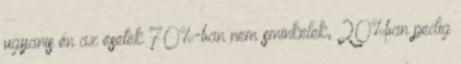
ugyanis én az esetek 70%-ban nem sminkelek, 20%ban pedig